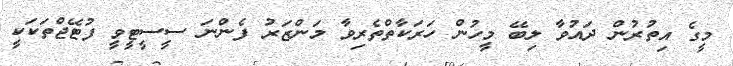
މީގެ އިތުރުން ދައުވާ ލިބޭ މީހުން ހަރަކާތްތެރިވާ މަންޒަރު ފެންނަ ސީސީޓީވީ ފުޓޭޖްތަކަކީ